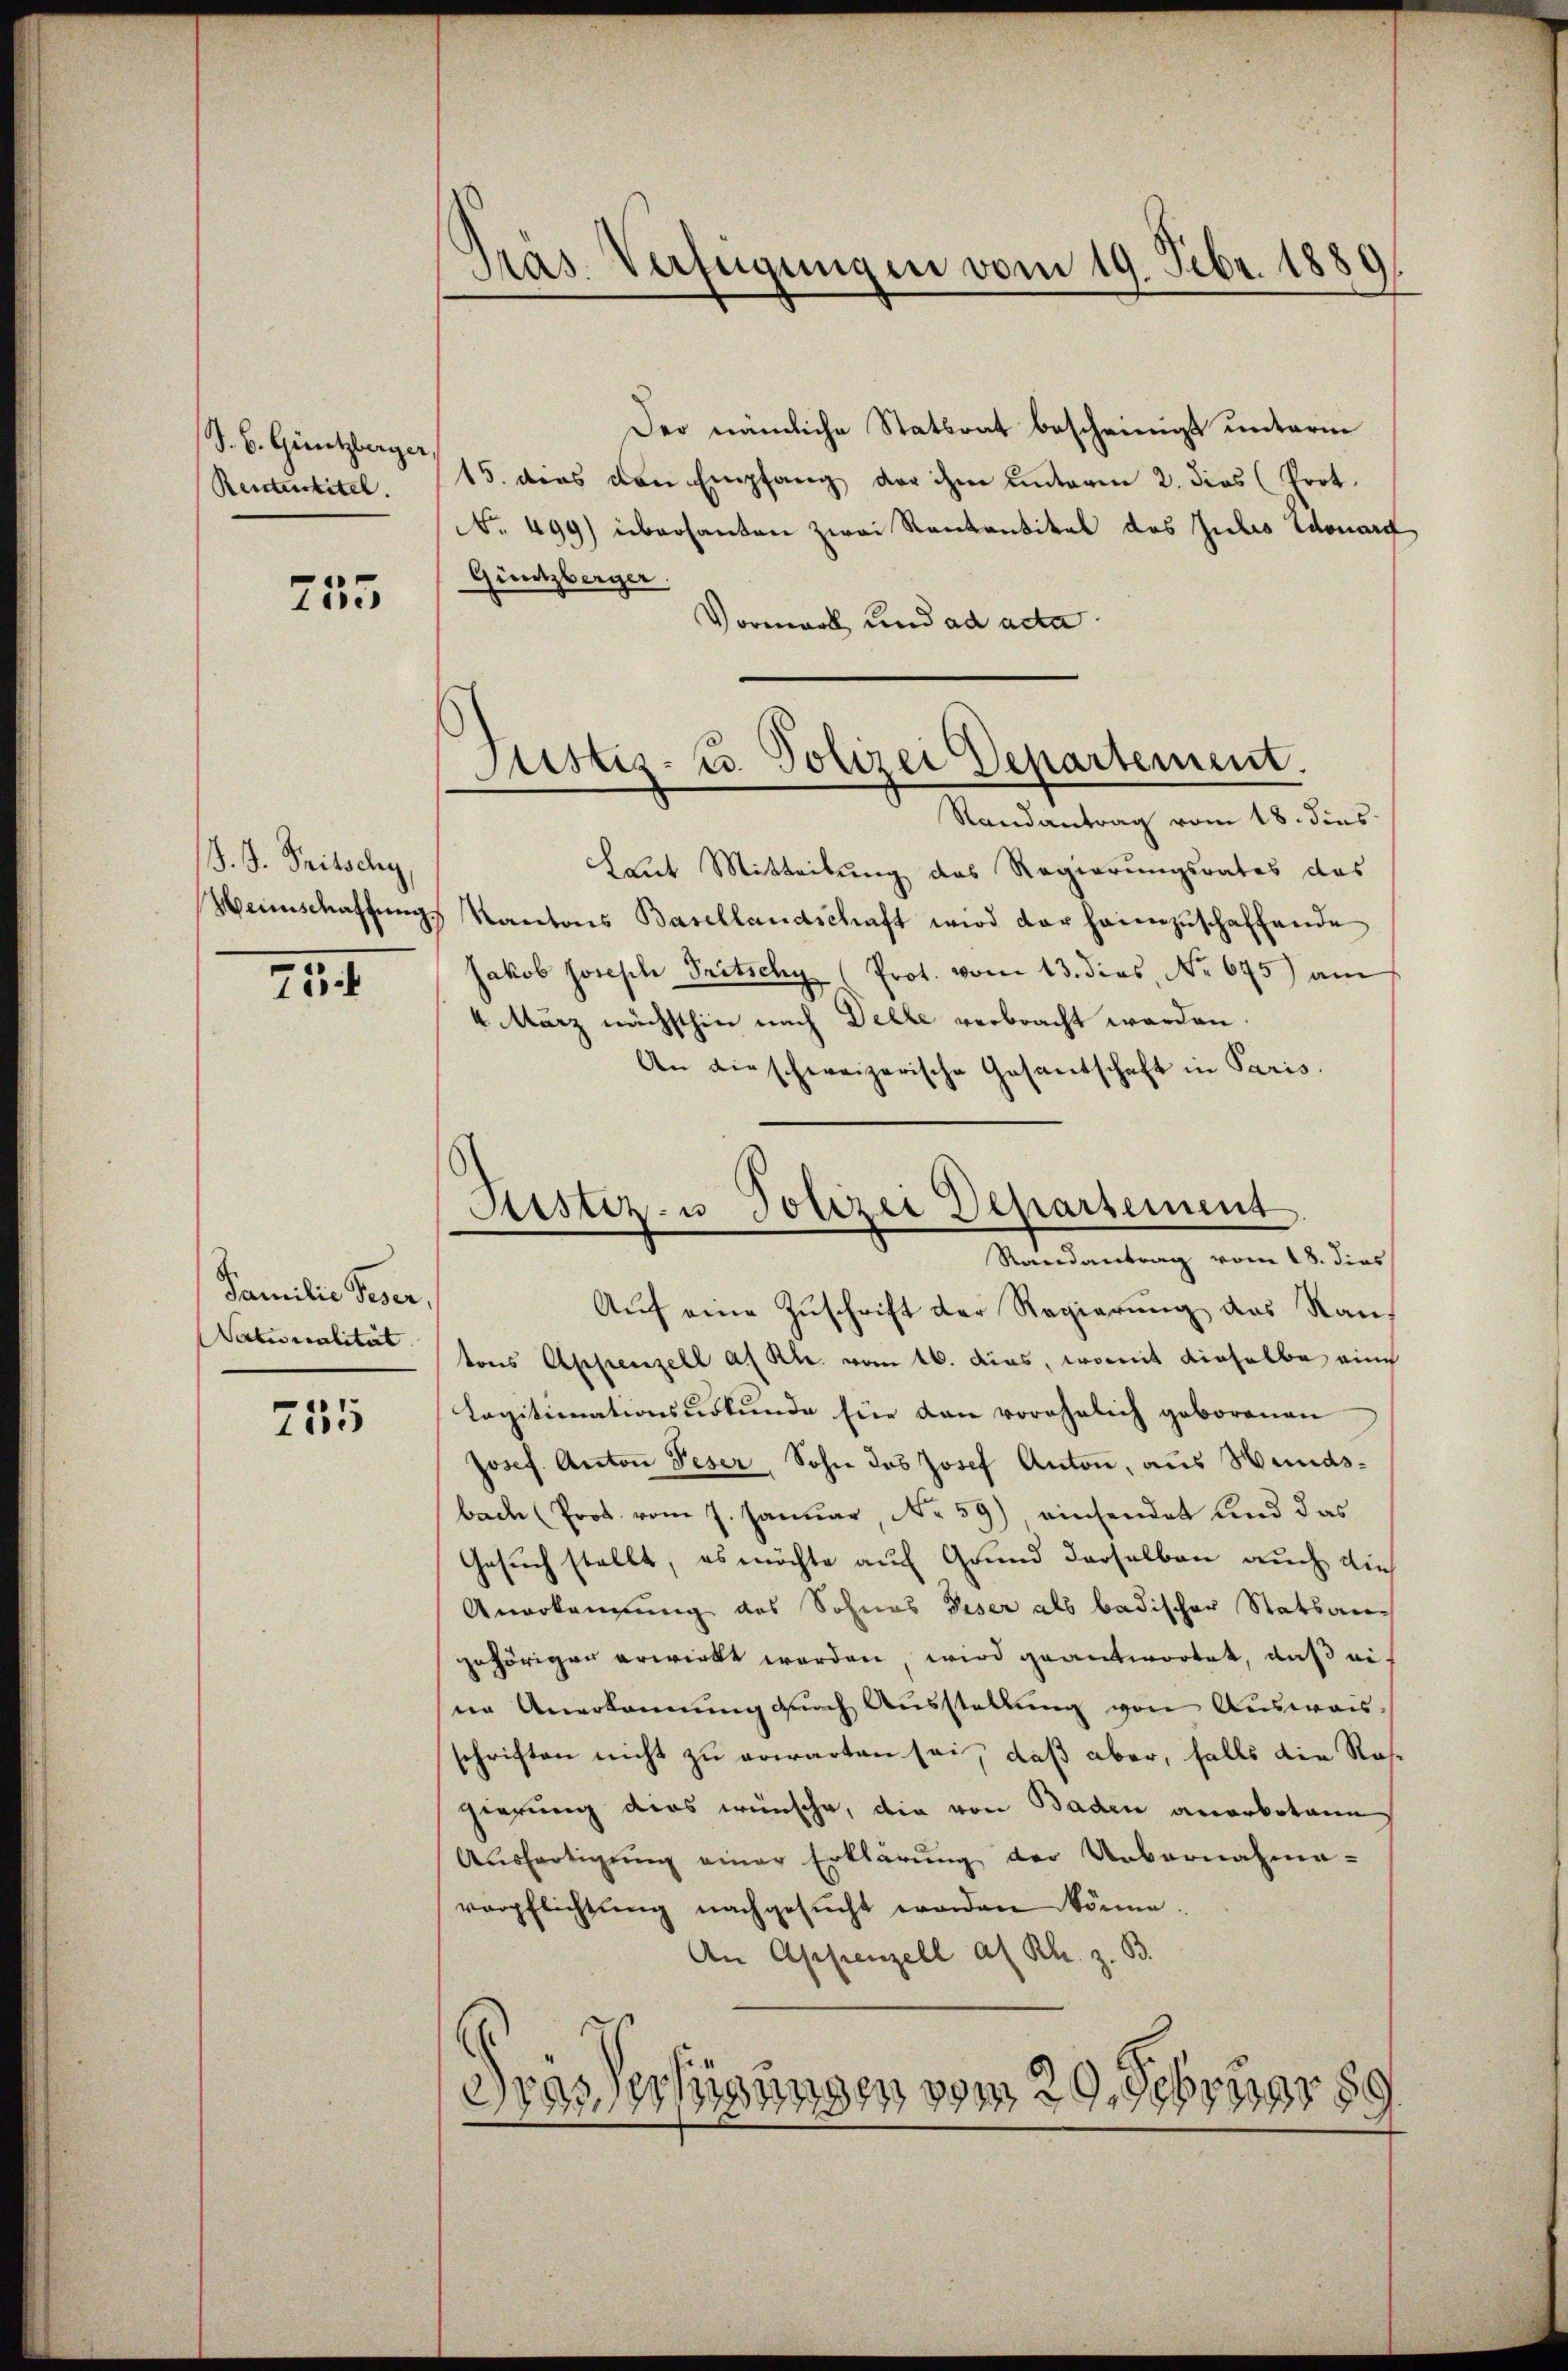
S. B. Güntzberger
Rentestitel.

255

J. J. Tritschy

75

Familie Geser,
Naturalität

755

d
Pras. Verfügungen vom 19. Febr. 1889

Der nämliche Stattrat bescheinigt unterm
15. dies den Empfang der ihm unterm 2. dies (Prot.
No. 499) übersanten zwei Rentantikel des Julio donarf
Güntzberger.
Vormark und ad acta

Justiz- u. Polizei Departement.

Randantrag vom 18. dies
Laut Mitteilung des Regierungsrates das
Weinschaffŭngs Kantons Basellandschaft wird der heimzuschaffende
Jakob Joseph Pritschy (Prot. vom 13. dies, No 675) am
4 März nächsthin nach Delle verbracht worden.
An die schweizerische Gesantschaft in Paris.
Aŭf eine Zuschrift der Regierung des Rautons Appenzell a. Rh. vom 16. dies, womit dieselbe eine
Legitimationsŭrkŭnde für dann vorehelich geborenen
Josef. Anton Peser, Sohn des Josef Anton, aus Hundsbach (Prot. vom 7. Januar, No 59) einsendet und das
Gesuch stellt, es möchte auf Grund derselben auch die
Anerkennung des Sohnes Geser als badischer Statsangehörigen erwirkt werden wird geantwortet, daß eine Anerkannung durch Ausstellŭng von Auswanschriften nicht zu erwarten sei, daß aber, falls die Rose
gierung dies wünsche, die von Baden anerbotene
Ausfertigung einer Erklärung der Uebernahme-
verpflichtung nachgesŭcht werden könne.
An Appenzell al Rh. z. B.

Justiz- u Polizei Departement
Randantrag vom 18. dies

E
Bas Verfügungen vom 29. Februar 89.